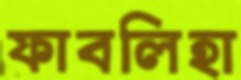
ফাবলিহা